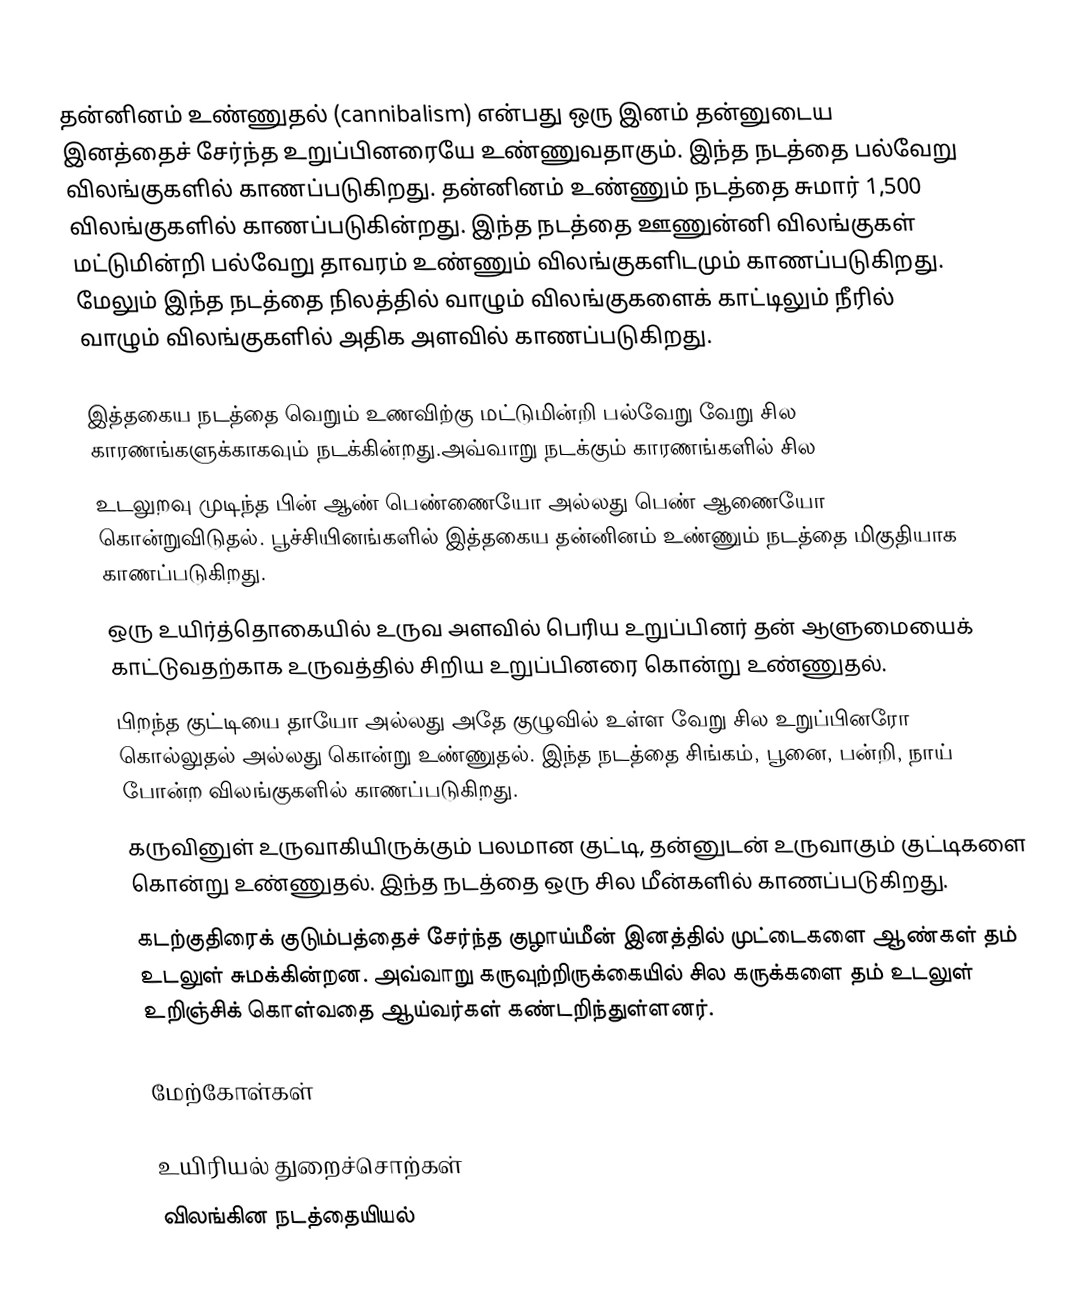
தன்னினம் உண்ணுதல் (cannibalism) என்பது ஒரு இனம் தன்னுடைய இனத்தைச் சேர்ந்த உறுப்பினரையே உண்ணுவதாகும். இந்த நடத்தை பல்வேறு விலங்குகளில் காணப்படுகிறது. தன்னினம் உண்ணும் நடத்தை சுமார் 1,500 விலங்குகளில் காணப்படுகின்றது. இந்த நடத்தை ஊணுன்னி விலங்குகள் மட்டுமின்றி பல்வேறு தாவரம் உண்ணும் விலங்குகளிடமும் காணப்படுகிறது. மேலும் இந்த நடத்தை நிலத்தில் வாழும் விலங்குகளைக் காட்டிலும் நீரில் வாழும் விலங்குகளில் அதிக அளவில் காணப்படுகிறது.

இத்தகைய நடத்தை வெறும் உணவிற்கு மட்டுமின்றி பல்வேறு வேறு சில காரணங்களுக்காகவும் நடக்கின்றது.அவ்வாறு நடக்கும் காரணங்களில் சில
 உடலுறவு முடிந்த பின் ஆண் பெண்ணையோ அல்லது பெண் ஆணையோ கொன்றுவிடுதல். பூச்சியினங்களில் இத்தகைய தன்னினம் உண்ணும் நடத்தை மிகுதியாக காணப்படுகிறது.
 ஒரு உயிர்த்தொகையில் உருவ அளவில் பெரிய உறுப்பினர் தன் ஆளுமையைக் காட்டுவதற்காக உருவத்தில் சிறிய உறுப்பினரை கொன்று உண்ணுதல்.
 பிறந்த குட்டியை தாயோ அல்லது அதே குழுவில் உள்ள வேறு சில உறுப்பினரோ கொல்லுதல் அல்லது கொன்று உண்ணுதல். இந்த நடத்தை சிங்கம், பூனை, பன்றி, நாய் போன்ற விலங்குகளில் காணப்படுகிறது.
 கருவினுள் உருவாகியிருக்கும் பலமான குட்டி, தன்னுடன் உருவாகும் குட்டிகளை கொன்று உண்ணுதல். இந்த நடத்தை ஒரு சில மீன்களில் காணப்படுகிறது.
 கடற்குதிரைக் குடும்பத்தைச் சேர்ந்த குழாய்மீன் இனத்தில் முட்டைகளை ஆண்கள் தம் உடலுள் சுமக்கின்றன. அவ்வாறு கருவுற்றிருக்கையில் சில கருக்களை தம் உடலுள் உறிஞ்சிக் கொள்வதை ஆய்வர்கள் கண்டறிந்துள்ளனர்.

மேற்கோள்கள்

உயிரியல் துறைச்சொற்கள்
விலங்கின நடத்தையியல்